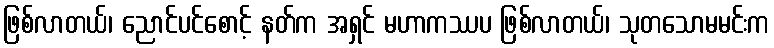
ဖြစ်လာတယ်၊ ညောင်ပင်စောင့် နတ်က အရှင် မဟာကဿပ ဖြစ်လာတယ်၊ သုတသောမမင်းက